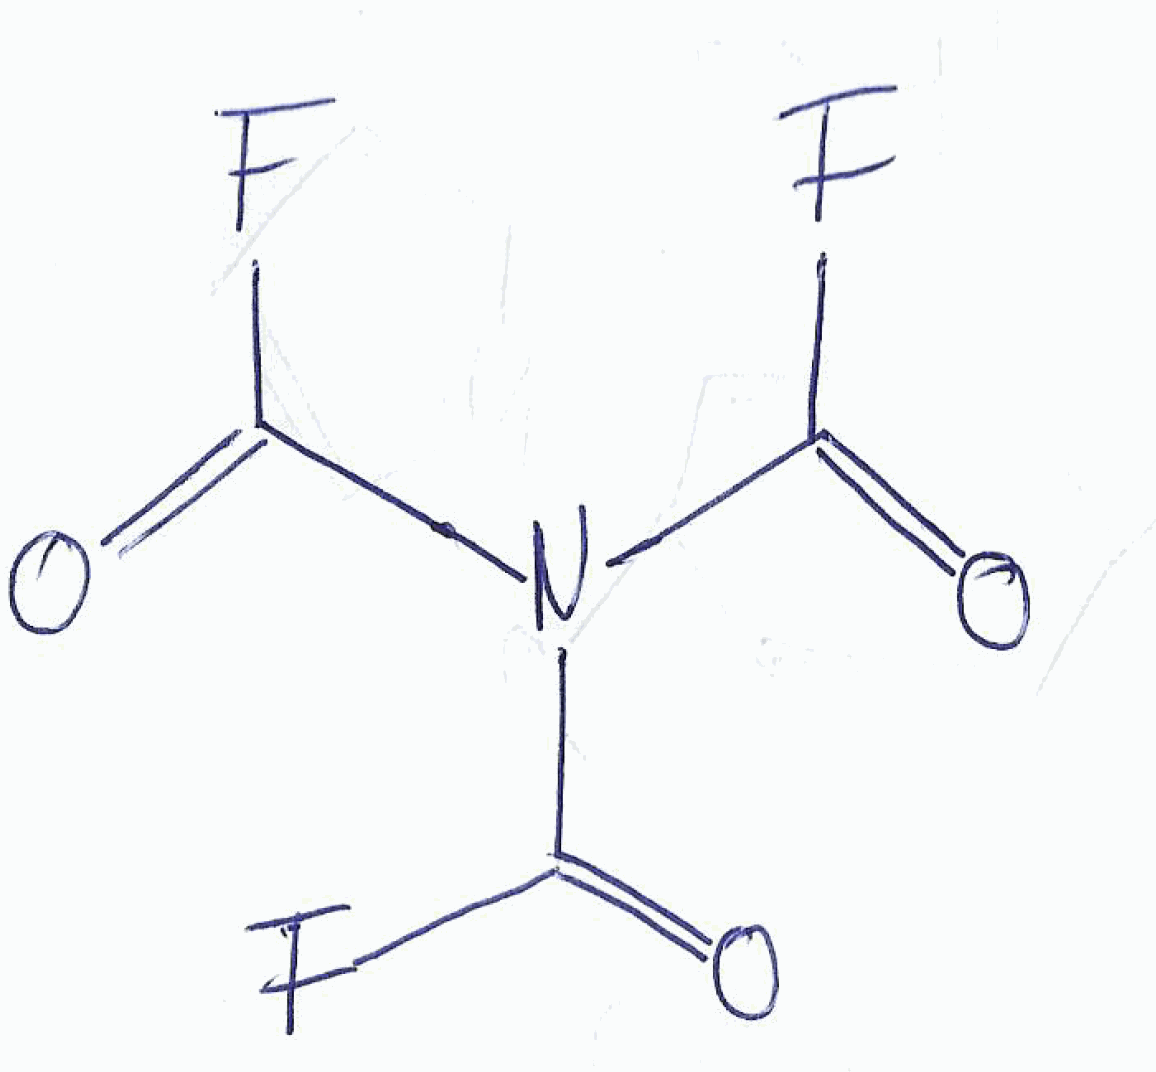
Simplified molecular-input line-entry system (SMILES) notation of the given molecule:
C(=O)(N(C(=O)F)C(=O)F)F